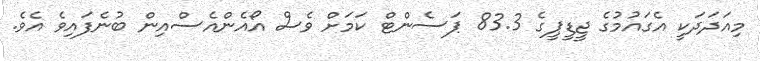
މިއަދަދަކީ އެގައުމުގެ ޖީޑީޕީގެ 83.3 ޕަސެންޓް ކަމަށް ވެސް އޯއެންއެސްއިން ބުނެފައިވެ އެވެ.